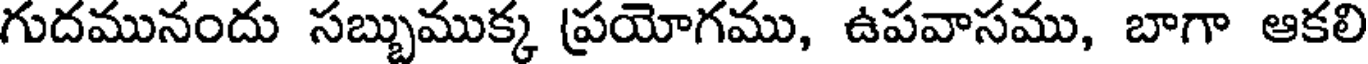
గుదమునందు సబ్బుముక్క ప్రయోగము, ఉపవాసము, బాగా ఆకలి